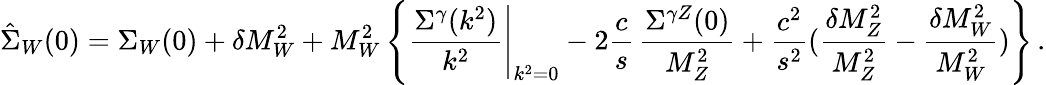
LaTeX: \hat{\Sigma}_{W}(0)={\Sigma}_{W}(0)+\delta M_{W}^{2}+M_{W}^{2}\left\{ \left.{\frac{\Sigma^{\gamma}(k^{2})}{k^{2}}}\right|_{k^{2}=0}-2{\frac{c}{s}}\, {\frac{\Sigma^{\gamma Z}(0)}{M_{Z}^{2}}}+{\frac{c^{2}}{s^{2}}}({\frac{\delta M_{Z}^{2}}{M_{Z}^{2}}}-{\frac{\delta M_{W}^{2}}{M_{W}^{2}}})\right\} \, .